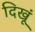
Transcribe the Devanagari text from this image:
दिखूं